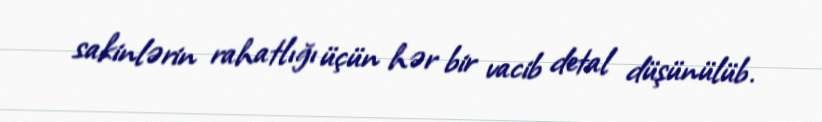
sakinlərin rahatlığı üçün hər bir vacib detal düşünülüb.